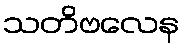
သတိဗလေန